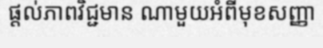
ផ្តល់ភាពវិជ្ជមាន ណាមួយអំពីមុខសញ្ញា